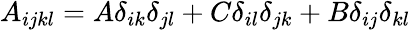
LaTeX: \begin{array}{r}{A_{ijkl}=A\delta_{ik}\delta_{jl}+C\delta_{il}\delta_{jk}+B\delta_{ij}\delta_{kl}}\end{array}